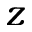
z